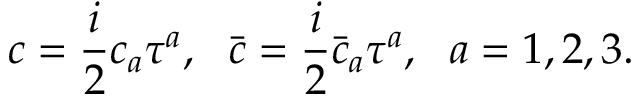
c = \frac { i } { 2 } c _ { a } \tau ^ { a } , ~ ~ \bar { c } = \frac { i } { 2 } \bar { c } _ { a } \tau ^ { a } , ~ ~ a = 1 , 2 , 3 .